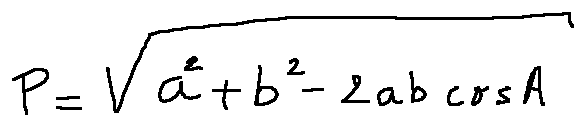
p = \sqrt { a ^ { 2 } + b ^ { 2 } - 2 a b \cos A }